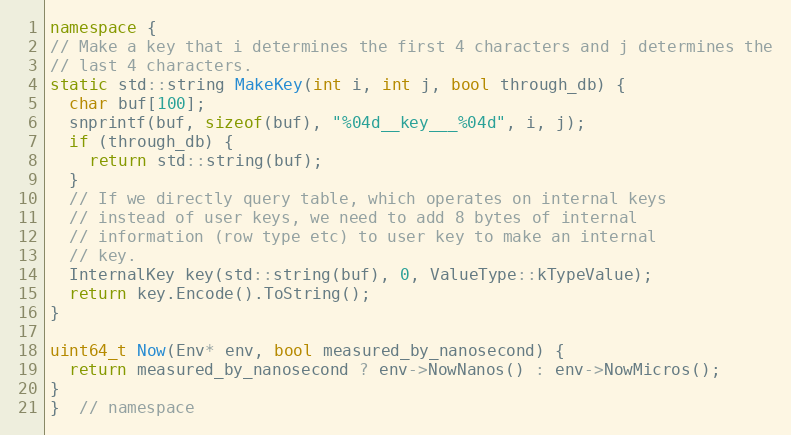
Language: C++
namespace {
// Make a key that i determines the first 4 characters and j determines the
// last 4 characters.
static std::string MakeKey(int i, int j, bool through_db) {
  char buf[100];
  snprintf(buf, sizeof(buf), "%04d__key___%04d", i, j);
  if (through_db) {
    return std::string(buf);
  }
  // If we directly query table, which operates on internal keys
  // instead of user keys, we need to add 8 bytes of internal
  // information (row type etc) to user key to make an internal
  // key.
  InternalKey key(std::string(buf), 0, ValueType::kTypeValue);
  return key.Encode().ToString();
}

uint64_t Now(Env* env, bool measured_by_nanosecond) {
  return measured_by_nanosecond ? env->NowNanos() : env->NowMicros();
}
}  // namespace